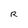
Character: R